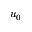
u _ { 0 }